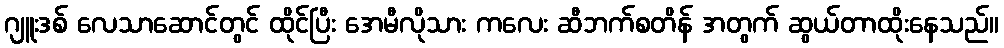
ဂျူးဒစ် လေသာဆောင်တွင် ထိုင်ပြီး အေမီလိုသား ကလေး ဆီဘက်စတိန် အတွက် ဆွယ်တာထိုးနေသည်။